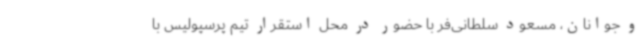
و جوانان، مسعود سلطانی‌فر با حضور در محل استقرار تیم پرسپولیس با